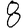
Digit: 8